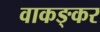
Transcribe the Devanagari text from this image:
वाकङ्कर